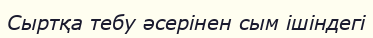
Сыртқа тебу әсерінен сым ішіндегі